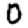
Digit: 0